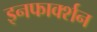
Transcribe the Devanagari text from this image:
इनफार्क्शन